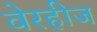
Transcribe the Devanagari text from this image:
वेरहीज